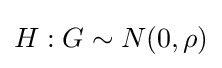
H:G\sim N(0,\rho )